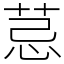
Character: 𦮼